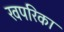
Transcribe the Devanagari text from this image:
खपरिका